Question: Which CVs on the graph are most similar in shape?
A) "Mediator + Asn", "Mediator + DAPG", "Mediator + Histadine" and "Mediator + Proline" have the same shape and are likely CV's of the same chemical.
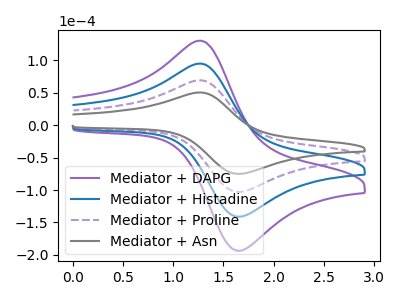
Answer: <think>The purple curve "Mediator + DAPG" has an anodic peak at (1.25V, 207.95uA) and a cathodic peak at (1.70V, -308.30uA). The blue curve "Mediator + Histadine" has an anodic peak at (1.25V, 138.65uA) and a cathodic peak at (1.70V, -205.55uA). The purple dashed curve "Mediator + Proline" has an anodic peak at (1.25V, 69.30uA) and a cathodic peak at (1.70V, -102.75uA). The gray curve "Mediator + Asn" has an anodic peak at (1.25V, 50.55uA) and a cathodic peak at (1.70V, -74.95uA).
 All the peaks in "Mediator + DAPG" have a peak in "Mediator + Histadine" at the same potential. Every peak in "Mediator + DAPG" is higher than every peak in "Mediator + Histadine". All the peaks in "Mediator + DAPG" have a peak in "Mediator + Proline" at the same potential. Every peak in "Mediator + DAPG" is higher than every peak in "Mediator + Proline". All the peaks in "Mediator + DAPG" have a peak in "Mediator + Asn" at the same potential. Every peak in "Mediator + DAPG" is higher than every peak in "Mediator + Asn". All the peaks in "Mediator + Histadine" have a peak in "Mediator + Proline" at the same potential. Every peak in "Mediator + Histadine" is higher than every peak in "Mediator + Proline". All the peaks in "Mediator + Histadine" have a peak in "Mediator + Asn" at the same potential. Every peak in "Mediator + Histadine" is higher than every peak in "Mediator + Asn". All the peaks in "Mediator + Proline" have a peak in "Mediator + Asn" at the same potential. Every peak in "Mediator + Proline" is higher than every peak in "Mediator + Asn".</think>
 <answer>A) "Mediator + Asn", "Mediator + DAPG", "Mediator + Histadine" and "Mediator + Proline" have the same shape and are likely CV's of the same chemical.</answer>
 <eval>A</eval>